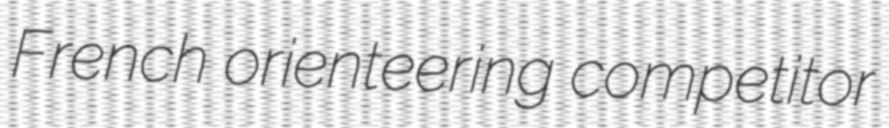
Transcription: French orienteering competitor